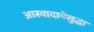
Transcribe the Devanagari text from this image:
आस्वादानेसुद्धा